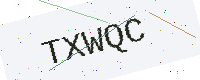
Text: TXWQC